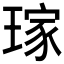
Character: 𤨎